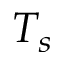
T _ { s }